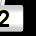
Digit: 2